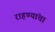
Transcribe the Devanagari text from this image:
राहण्यांचा